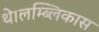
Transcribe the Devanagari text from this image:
थे।लम्ब्लिकास